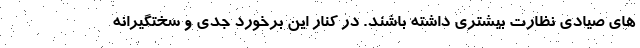
های صیادی نظارت بیشتری داشته باشند. در کنار این برخورد جدی و سختگیرانه